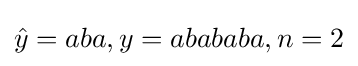
{\hat {y}}=aba,y=abababa,n=2